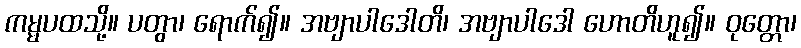
ကမ္မပထသို့။ ပတွာ၊ ရောက်၍။ အဗျာပါဒေါတိ၊ အဗျာပါဒေါ ဟောတိဟူ၍။ ဝုတ္တော၊